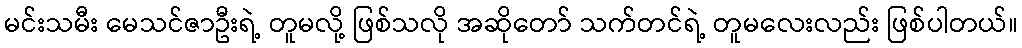
မင်းသမီး မေသင်ဇာဦးရဲ့ တူမလို့ ဖြစ်သလို အဆိုတော် သက်တင်ရဲ့ တူမလေးလည်း ဖြစ်ပါတယ်။